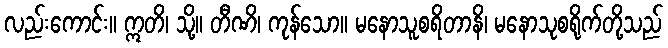
လည်းကောင်း။ ဣတိ၊ သို့။ တီဏိ၊ ကုန်သော။ မနောသူစရိတာနိ၊ မနောသုစရိုက်တို့သည်